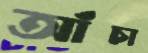
আঁচা